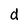
Character: d